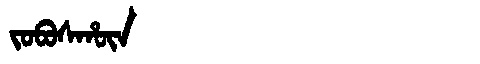
Manchu: ᠵᠣᠪᠣᠰᡥᡡᠨ
Romanization: JOBOSHŪN